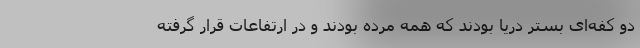
دو کفه‌ای بستر دریا بودند که همه مرده بودند و در ارتفاعات قرار گرفته